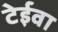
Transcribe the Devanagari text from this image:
टेईवा